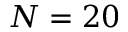
N = 2 0